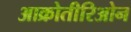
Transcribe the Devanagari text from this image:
आक्रोतीरिओन